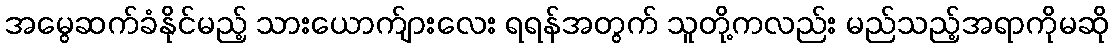
အမွေဆက်ခံနိုင်မည့် သားယောက်ျားလေး ရရန်အတွက် သူတို့ကလည်း မည်သည့်အရာကိုမဆို